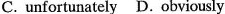
C. unfortunately D. obviously